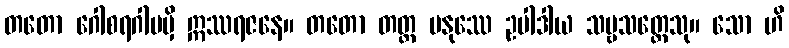
တတော ဂေါစရဂါမမှိ ဣဿရဇနေ။ တတော တတ္ထ မနုဿေ ဥပါဒါယ သဗ္ဗသတ္တေသု။ သော ဟိ